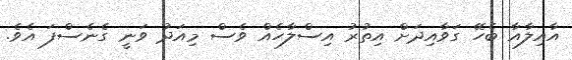
އާއިލާއާ ބެހޭ ގަވާއިދަށް އިތުރު އިސްލާހެއް ވެސް މިއަދު ވަނީ ގެނެސްފަ އެވެ.